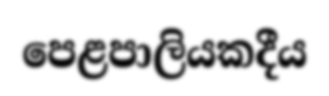
පෙළපාලියකදීය